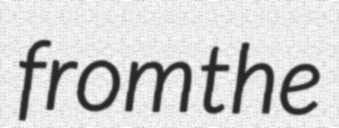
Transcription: from the